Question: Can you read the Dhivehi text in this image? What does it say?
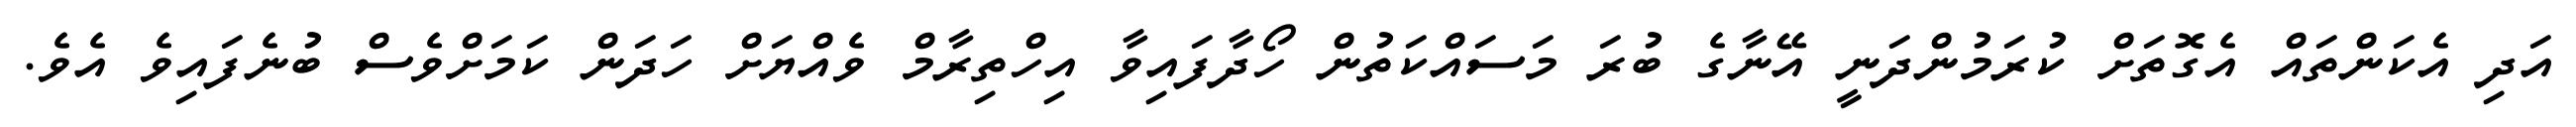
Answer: އަދި އެކަންތައް އެގޮތަށް ކުރަމުންދަނީ އޭނާގެ ބުރަ މަސައްކަތުން ހޯދާފައިވާ އިހްތިރާމް ވެއްޔަށް ހަދަން ކަމަށްވެސް ބުނެފައިވެ އެވެ.